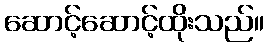
ဆောင့်ဆောင့်ထိုးသည်။